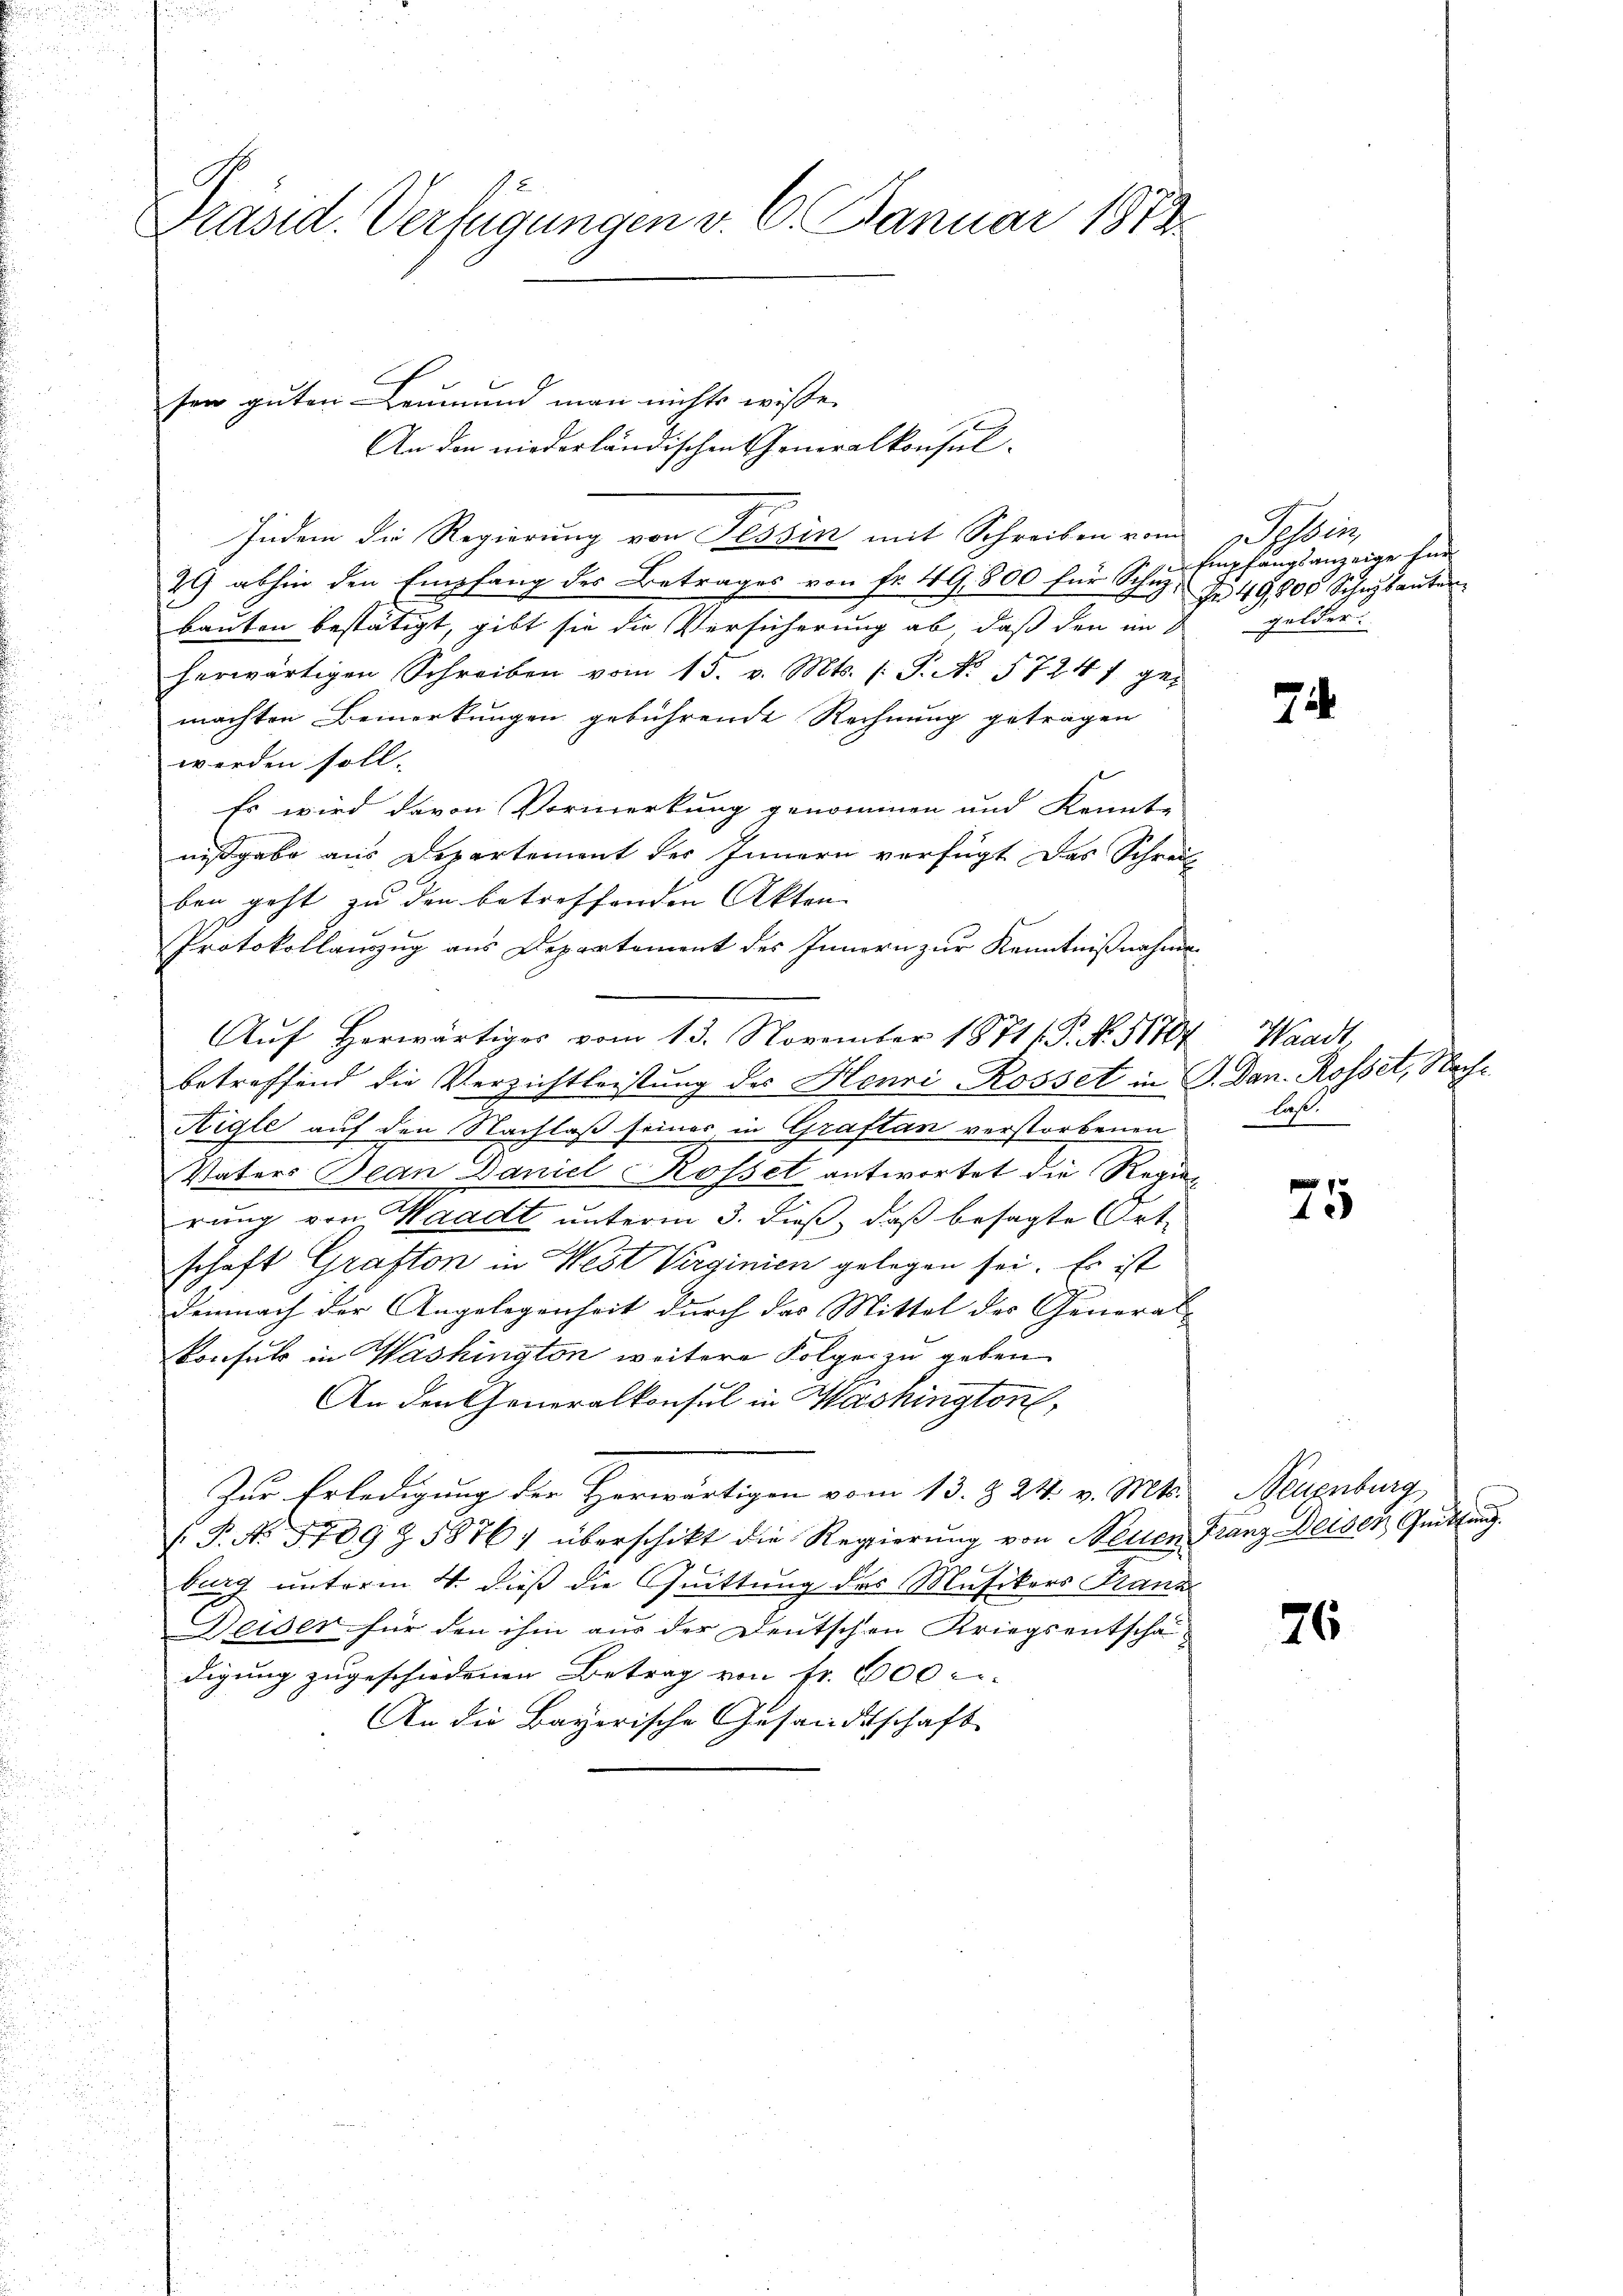
Präsid. Verfügungen v. 6. Januar 1873.

sen guten Leumund man nichts wisse.
An den niederländischen Generalkonsul-
Indem die Regierung von Tessin mit Schreiben vom Tessin,
29 abhin den Empfang des Betrages von fr. 49,800 für Schuz-
bauten bestätigt, gibt sie die Versicherung ab, daß den im
herwärtigen Schreiben vom 15. v. Mts. 1 S. No. 17247 gemachten Bemerkungen gebührende Rechnung getragen
werden soll.
Es wird davon Vormerkung genommen und Kennt-
nißgabe aus Departement des Innern verfügt das Schreib
ben geht zu den betreffenden Akten
Protokollauszug aus Departement des Innern zur Kenntnißnahmen
Auf Herwärtiges vom 13. November 18711. P. No. 51707
betreffend die Verzichtleistung des Henri Rosset in J. Dan. Rosset, Nach¬
Aigle auf den Nachlaß seiner, in Graftan verstorbenen
Vaters Bean Daniel Rosset antwortet die Regier
rung von Waadt unterm 3. dieß, daß besagte Ortschaft Grafton in West Virginien gelegen sei. Es ist
demnach der Angelegenheit durch das Mittel der General- |
Konsuls in Washington weitere Folgen zu geben
An den Generalkonsul in Washington,
Zur Erledigung der Herwärtigen vom 13. § 24. v. Mts. Neuenburg,
(.P. No 5709 Z. 5876. überschikt die Regierŭng von Neuen Franz Deisen Gŭttŭng.
burg unterm 4. dieß die Quittung des Musikers Franz
Deiser für den ihm aus der Deutschen Kriegsentscha
digung zugeschiedenen Betrag von Fr. 600
An die Bayerische Gesandtschaft

Empfangsanzeige für
Nr 49,800 Schikanten
gelder.

7

Waadt,
laß.

1
4

76